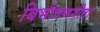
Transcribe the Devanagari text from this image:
बिभीषणगीता